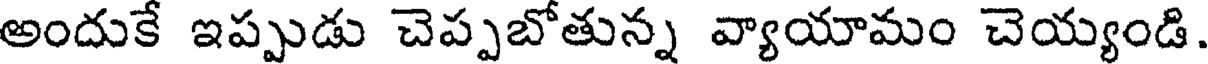
అందుకే ఇప్పుడు చెప్పబోతున్న వ్యాయామం చెయ్యండి.